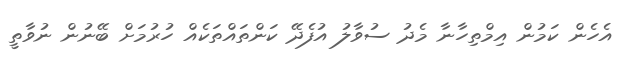
އެހެން ކަމުން އިމްތިހާނާ މެދު ސުވާލު އުފެދޭ ކަންތައްތަކެއް ހުރުމަށް ބޭނުން ނުވާތީ